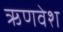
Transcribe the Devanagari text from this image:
ऋणवेश